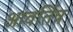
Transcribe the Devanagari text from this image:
आवर्तित्र